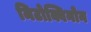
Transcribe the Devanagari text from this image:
मिटोक्विनोन